Report on the treatment of epidemic cholera: from information collected by the governments of Bengal, Madras, Bombay, N.W. Provinces, Punjab, Oudh, and Central India, by order of the Government of India
Disease focus: Cholera
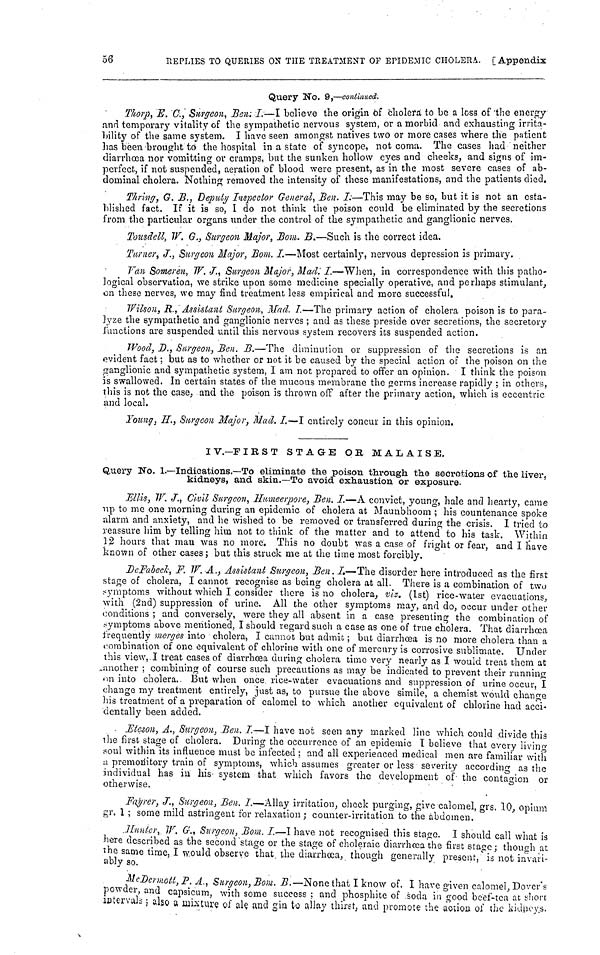
56
REPLIES TO QUERIES ON THE TREATMENT OF EPIDEMIC CHOLERA. [Appendix
Query No. 9,—continued.
Thorp, E. C., Surgeon, Ben. I.—I believe the origin of cholera to be a loss of the energy
and temporary vitality of the sympathetic nervous system, or a morbid and exhausting irrita-
bility of the same system. I have seen amongst natives two or more cases where the patient
has been brought to the hospital in a state of syncope, not coma. The cases had neither
diarrhœa nor vomitting or cramps, but the sunken hollow eyes and cheeks, and signs of im-
perfect, if not suspended, aeration of blood were present, as in the most severe cases of ab-
dominal cholera. Nothing removed the intensity of these manifestations, and the patients died.
Thring, G. B., Deputy Inspector General, Ben. I—This may be so, but it is not an esta-
blished fact. If it is so, I do not think the poison could be eliminated by the secretions
from the particular organs under the control of the sympathetic and ganglionic nerves.
Tousdell, W. G., Surgeon Major, Bom. B.—Such is the correct idea.
Tarner, J., Surgeon Major, Bom. I—Most certainly, nervous depression is primary.
Van Someren, W. J., Surgeon Major, Mad: I.—When, in correspondence with this patho-
logical observation, we strike upon some medicine specially operative, and perhaps stimulant,
on these nerves, we may find treatment less empirical and more successful.
Wilson, R., Assistant Surgeon, Mad. I.—The primary action of cholera poison is to para-
tyze the sympathetic and ganglionic nerves ; and as these preside over secretions, the secretory
functions are suspended until this nervous system recovers its suspended action.
Wood, D., Surgeon, Ben. B.—The diminution or suppression of the secretions is an
evident fact ; but as to whether or not it be caused by the special action of the poison on the
ganglionic and sympathetic system, I am not prepared to offer an opinion. I think the poison
is swallowed. In certain states of the mucous membrane the germs increase rapidly ; in others,
this is not the case, and the poison is thrown off after the primary action, which is eccentric
and local.
Young, H., Surgeon Major, Mad. I.—I entirely concur in this opinion.
IV.—FIRST STAGE OR MALAISE.
Query No. 1—Indications.—To eliminate the poison through the secretions of the liver,
kidneys, and skin.—To avoid exhaustion or exposure.
Ellis, W. J., Civil Surgeon, Humeerpore, Ben. I.—A convict, young, hale and hearty, came
up to me one morning during an epidemic of cholera at Maunbhoom ; his countenance spoke
alarm and anxiety, and he wished to be removed or transferred during the crisis. I tried to
reassure him by telling him not to think of the matter and to attend to his task. Within
12 hours that man was no more. This no doubt was a case of fright or fear, and I Have
known of other cases ; but this struck me at the time most forcibly.
DcFabeck, F. W. A., Assistant Burgeon, Ben. I.—The disorder here introduced as the first
stage of cholera, I cannot recognise as being cholera at all. There is a combination of two
symptoms without which I consider there is no cholera, viz. (1st) rice-water evacuations,
with (2nd) suppression of urine. All the other symptoms may, and do, occur under other
conditions ; and conversely, were they all absent in a case presenting the combination of
symptoms above mentioned, I should regard such a case as one of true cholera. That diarrhœa
frequently merges into cholera, I cannot but admit ; but diarrhœa is no more cholera than a
combination of one equivalent of chlorine with one of mercury is corrosive sublimate. Under
this view, I treat cases of diarrhœa during cholera time very nearly as I would treat them at
another ; combining of course such precautions as may be indicated to prevent their running
on into cholera. But when once rice-water evacuations and suppression of urine occur, I
change my treatment entirely, just as, to pursue the above simile, a chemist would change
his treatment of a preparation of calomel to which another equivalent of chlorine had acci-
dentally been added.
Eteson, A., Surgeon, Ben. I.—I have not seen any marked line which could divide this
the first stage of cholera. During the occurrence of an epidemic I believe that every living
soul within its influence must be infected : and all experienced medical men are familiar with
a premonitory train of symptoms, which assumes greater or less severity according as the
individual has in his system that which favors the development of the contagion or
otherwise.
·
Fayrer, J., Surgeon, Ben. I.—Allay irritation, check purging, give calomel, grs. 10, opium
gr. 1 ; some mild astringent for relaxation ; counter-irritation to the abdomen.
Hunter, W, G., Surgeon, Bom. I.—I have not recognised this stage. I should call what is
here described as the second "stage or the stage of choleraic diarrhœa the first stage ; though at
the same time, I would observe that, the diarrhœa, though generally present, is not invari-
ably so.
McDermott, P. A., Surgeon, Bom. B.—-None that I know of. I have given calomel, Dover's
powder, and capsicum, with some success ; and phosphite of soda in good beef-tea at short
intervals ; also a mixture of ale and gin to allay thirst, and promote the action of the kidneys.